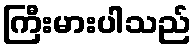
ကြီးမားပါသည်